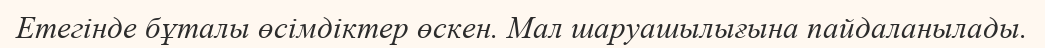
Етегінде бұталы өсімдіктер өскен. Мал шаруашылығына пайдаланылады.